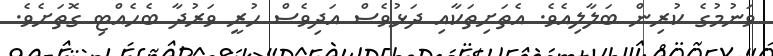
ވަނުމުގެ ކުރިން ބަލާލިއެވެ. އެތަށިތަކާއި ދަޅުވެސް އަދިވެސް ހުރީ ވަރުދާ ބެހެއްޓި ގޮތަށެވެ.